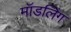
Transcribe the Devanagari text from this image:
मॉडलिंग